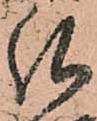
弘